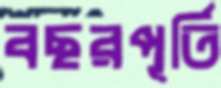
বছরপূর্তি